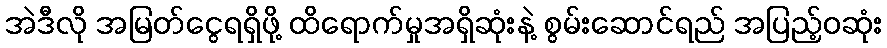
အဲဒီလို အမြတ်ငွေရရှိဖို့ ထိရောက်မှုအရှိဆုံးနဲ့ စွမ်းဆောင်ရည် အပြည့်ဝဆုံး